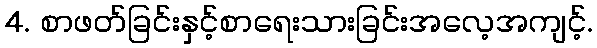
4. စာဖတ်ခြင်းနှင့်စာရေးသားခြင်းအလေ့အကျင့်.